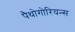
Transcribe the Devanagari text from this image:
पैथोगोरियन्स